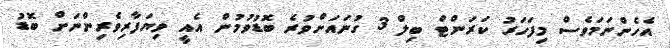
އެހެންނަމަވެސް މިފަހަރު ކަރަންޓް ބިލް 3 ގުނައަށްވުރެ ބޮޑުވުމުން އެއީ ވިޔަފާރިވެރިންނަށް ބޮޑު